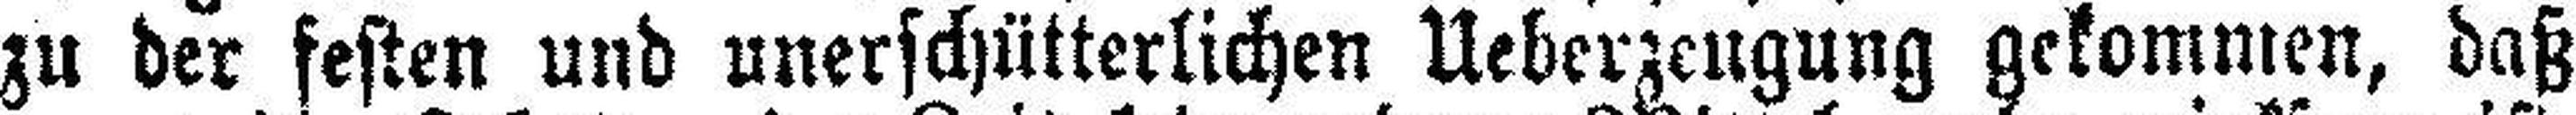
zu der festen und unerschütterlichen Ueberzeugung gekommen, daß